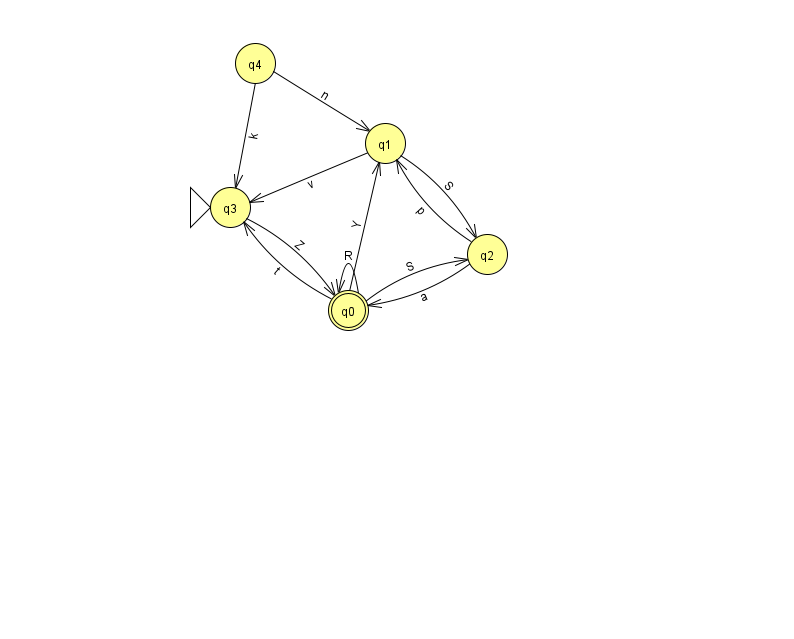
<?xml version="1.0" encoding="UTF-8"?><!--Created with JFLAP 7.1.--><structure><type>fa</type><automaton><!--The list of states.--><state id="0" name="q0"><x>348.0</x><y>297.0</y><final/></state><state id="1" name="q1"><x>385.0</x><y>130.0</y></state><state id="2" name="q2"><x>487.0</x><y>241.0</y></state><state id="3" name="q3"><x>230.0</x><y>194.0</y><initial/></state><state id="4" name="q4"><x>255.0</x><y>50.0</y></state><!--The list of transitions.--><transition><from>1</from><to>3</to><read>v</read></transition><transition><from>2</from><to>0</to><read>a</read></transition><transition><from>0</from><to>0</to><read>R</read></transition><transition><from>0</from><to>2</to><read>S</read></transition><transition><from>0</from><to>3</to><read>t</read></transition><transition><from>1</from><to>2</to><read>S</read></transition><transition><from>2</from><to>1</to><read>p</read></transition><transition><from>4</from><to>3</to><read>k</read></transition><transition><from>3</from><to>0</to><read>Z</read></transition><transition><from>4</from><to>1</to><read>n</read></transition><transition><from>0</from><to>1</to><read>Y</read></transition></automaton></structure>